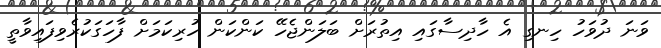
ވަނަ ދުވަހު ހިނގި އެ ހާދިސާގައި އިތުރަށް ބަލަންޖެހޭ ކަންކަން ހުރިކަމަށް ފާހަގަކުރެވިފައިވާތީ